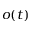
o ( t )